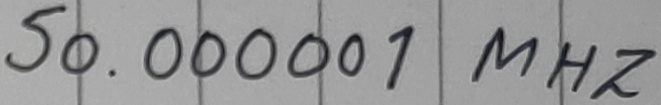
Text: 50.00001 MHZ